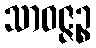
သာဝဇ္ဇဉ္စ